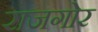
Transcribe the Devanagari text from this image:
राजगोर